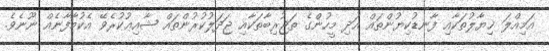
އަމިއްލަ ޚިޔާލުތަކާއި ފާނޑުކިޔުންތައް އަދި މީހުންގެ ތަޖުރިބާތަކާއި ޖަދަލުކުރުންތައް ޝާއިޢުކުރެވޭ އެކުމާފާނެއް ނޫނެވެ.